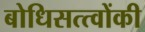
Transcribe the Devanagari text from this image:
बोधिसत्त्‍वोंकी